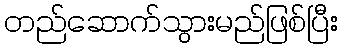
တည်ဆောက်သွားမည်ဖြစ်ပြီး